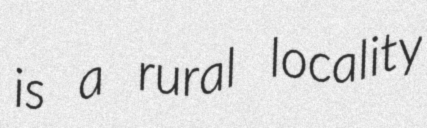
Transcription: is a rural locality